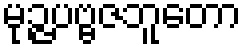
မုဉ္ဇပဗ္ဗဇဘူတော